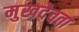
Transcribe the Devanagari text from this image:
मुखदेवता